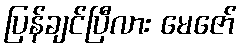
ပြန်ချင်ပြီလား မေဇော်